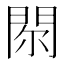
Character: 𨳴